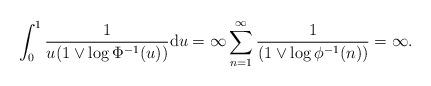
LaTeX: \begin{align*}\int_0^1\frac{1}{u (1\vee\log \Phi^{-1}(u))} \mathrm{d} u = \infty \sum_{n=1}^\infty \frac{1}{(1 \vee \log \phi^{-1}(n))} = \infty.\end{align*}